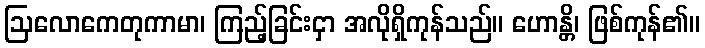
ဩလောကေတုကာမာ၊ ကြည့်ခြင်းငှာ အလိုရှိကုန်သည်။ ဟောန္တိ၊ ဖြစ်ကုန်၏။